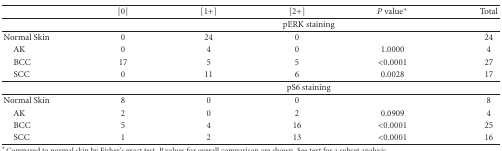
<table><thead><tr><td><b> </b></td><td><b>[0]</b></td><td><b>[1+]</b></td><td><b>[2+]</b></td><td><b><i>P</i> value*</b></td><td><b>Total</b></td></tr></thead><tbody><tr><td> </td><td colspan="5">pERK staining</td></tr><tr><td>Normal Skin</td><td>0</td><td>24</td><td>0</td><td> </td><td>24</td></tr><tr><td> AK</td><td>0</td><td>4</td><td>0</td><td>1.0000</td><td>4</td></tr><tr><td> BCC</td><td>17</td><td>5</td><td>5</td><td>&lt;0.0001</td><td>27</td></tr><tr><td> SCC</td><td>0</td><td>11</td><td>6</td><td>0.0028</td><td>17</td></tr><tr><td> </td><td colspan="5">pS6 staining</td></tr><tr><td>Normal Skin</td><td>8</td><td>0</td><td>0</td><td> </td><td>8</td></tr><tr><td> AK</td><td>2</td><td>0</td><td>2</td><td>0.0909</td><td>4</td></tr><tr><td> BCC</td><td>5</td><td>4</td><td>16</td><td>&lt;0.0001</td><td>25</td></tr><tr><td> SCC</td><td>1</td><td>2</td><td>13</td><td>&lt;0.0001</td><td>16</td></tr></tbody></table>